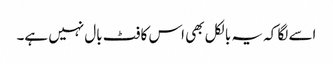
اسے لگا کہ یہ بالکل بھی اس کا فٹ بال نہیں ہے۔